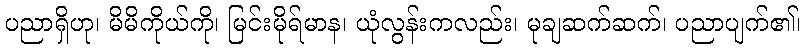
ပညာရှိဟု၊ မိမိကိုယ်ကို၊ မြင်းမိုရ်မာန၊ ယုံလွန်းကလည်း၊ မုချဆက်ဆက်၊ ပညာပျက်၏၊